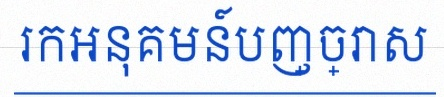
រកអនុគមន៍បញ្ច្រាស